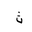
Letter: _tha